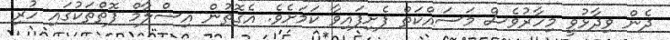
ދެން ވިދާޅުވީ މިހާރުވެސް މަަސައްކަތް ފެށިފައިވާ ކަމަށެވެ. އެގޮތުން އިސްލާމް ފޮތްތަކުގައި ހުރި